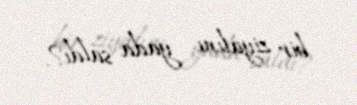
bir ziyalını yada saldı?.